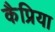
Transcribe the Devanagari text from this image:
कैप्रिया